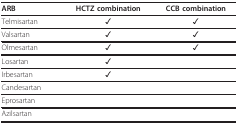
<table><thead><tr><td><b>ARB</b></td><td><b>HCTZ combination</b></td><td><b>CCB combination</b></td></tr></thead><tbody><tr><td>Telmisartan</td><td>✓</td><td>✓</td></tr><tr><td>Valsartan</td><td>✓</td><td>✓</td></tr><tr><td>Olmesartan</td><td>✓</td><td>✓</td></tr><tr><td>Losartan</td><td>✓</td><td></td></tr><tr><td>Irbesartan</td><td>✓</td><td></td></tr><tr><td>Candesartan</td><td></td><td></td></tr><tr><td>Eprosartan</td><td></td><td></td></tr><tr><td>Azilsartan</td><td></td><td></td></tr></tbody></table>